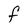
Character: F